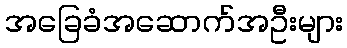
အခြေခံအဆောက်အဦးများ